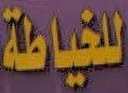
للخياطة